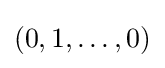
(0,1,\dots ,0)